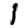
Digit: 1